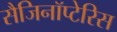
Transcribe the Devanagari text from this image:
सैजिनॉप्टेरिस